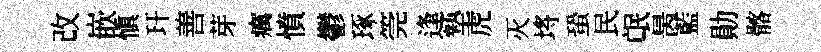
改嵌慎玕善芽癘憤鬱琢筦逢墊虎灭埓蛩民氓昺藍勛髂